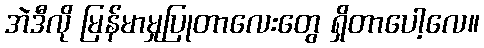
အဲဒီလို မြန်မာမှုပြုတာလေးတွေ ရှိတာပေါ့လေ။